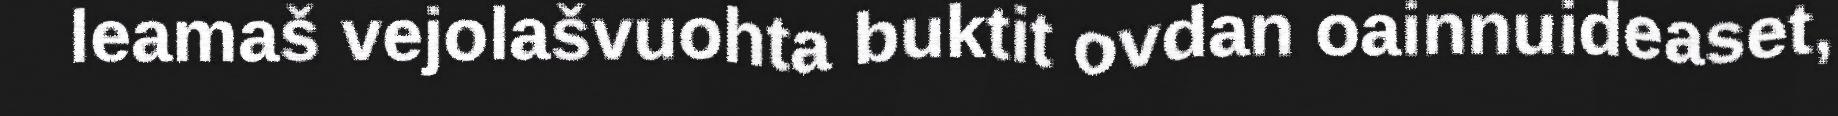
leamaš vejolašvuohta buktit ovdan oainnuideaset,